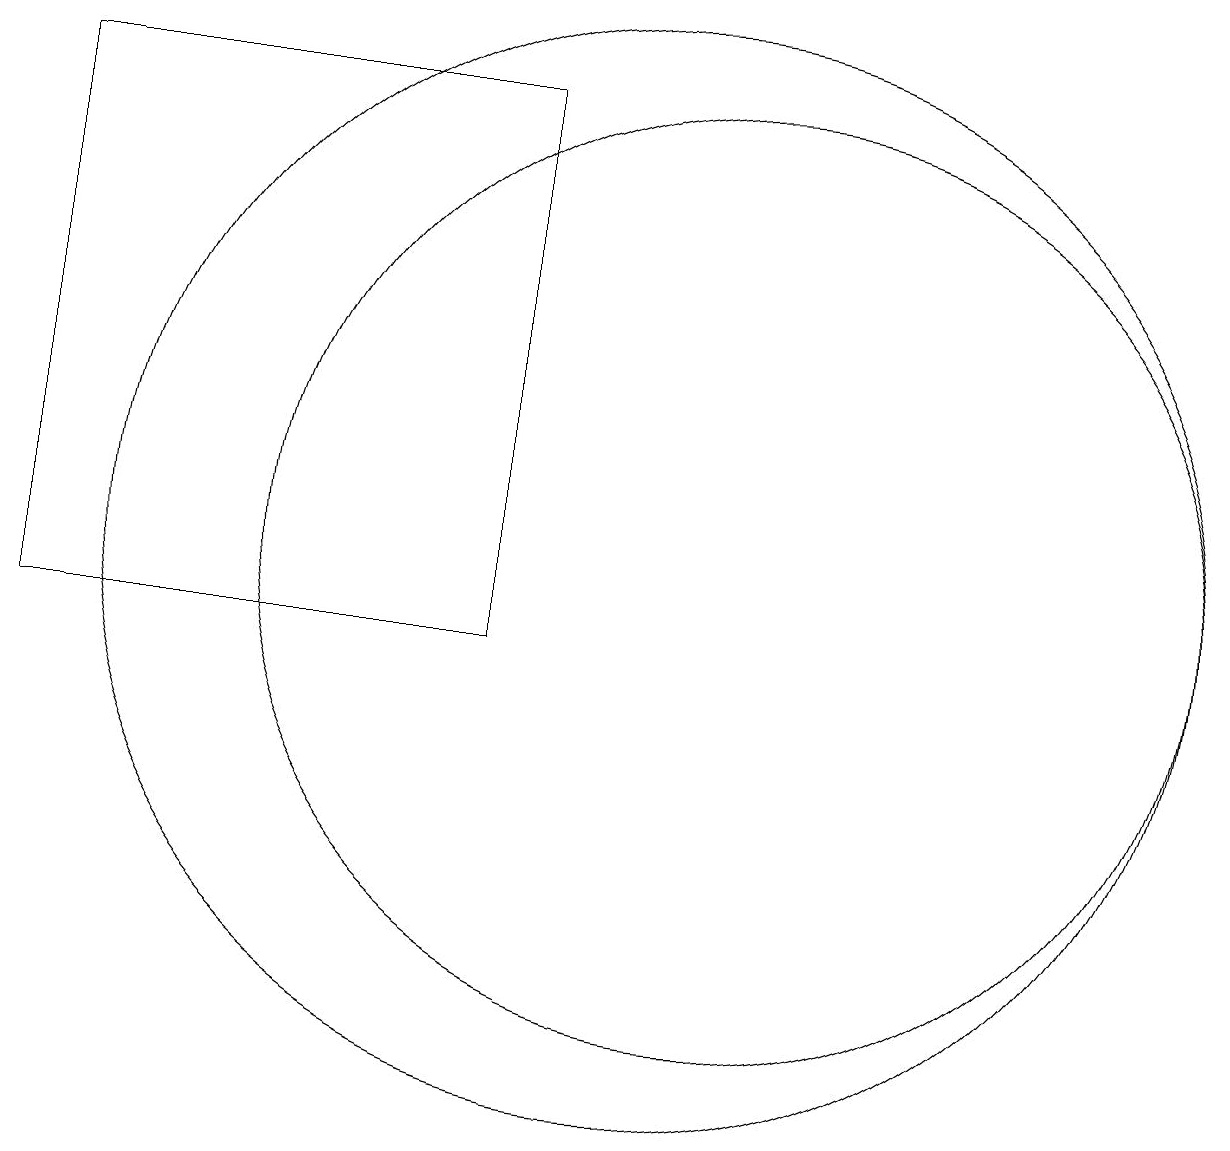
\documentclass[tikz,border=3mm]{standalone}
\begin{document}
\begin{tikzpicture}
\draw (9,17) rectangle (3,10);
\draw (12,11) circle (6);
\draw (11,11) circle (7);
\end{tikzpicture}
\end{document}